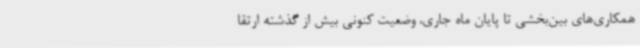
همکاری‌های بین‌بخشی تا پایان ماه جاری، وضعیت کنونی بیش از گذشته ارتقا